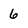
Character: 6